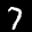
Label: 7